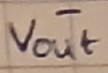
Text: -Vout